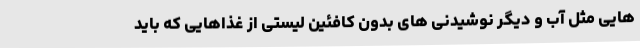
هایی مثل آب و دیگر نوشیدنی های بدون کافئین لیستی از غذاهایی که باید